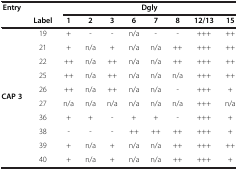
<table><thead><tr><td><b>Entry</b></td><td><b> </b></td><td colspan="8"><b>Dgly</b></td></tr><tr><td><b> </b></td><td><b>Label</b></td><td><b>1</b></td><td><b>2</b></td><td><b>3</b></td><td><b>6</b></td><td><b>7</b></td><td><b>8</b></td><td><b>12/13</b></td><td><b>15</b></td></tr></thead><tbody><tr><td rowspan="4"> </td><td>19</td><td>+</td><td>-</td><td>-</td><td>n/a</td><td>-</td><td>-</td><td>+++</td><td>++</td></tr><tr><td>21</td><td>+</td><td>n/a</td><td>+</td><td>n/a</td><td>n/a</td><td>++</td><td>+++</td><td>++</td></tr><tr><td>22</td><td>++</td><td>n/a</td><td>++</td><td>n/a</td><td>n/a</td><td>++</td><td>+++</td><td>++</td></tr><tr><td>25</td><td>++</td><td>n/a</td><td>++</td><td>n/a</td><td>n/a</td><td>n/a</td><td>+++</td><td>++</td></tr><tr><td rowspan="2"><b>CAP 3</b></td><td>26</td><td>++</td><td>n/a</td><td>++</td><td>n/a</td><td>n/a</td><td>-</td><td>+++</td><td>+</td></tr><tr><td>27</td><td>n/a</td><td>n/a</td><td>n/a</td><td>n/a</td><td>n/a</td><td>n/a</td><td>+++</td><td>n/a</td></tr><tr><td> </td><td>36</td><td>+</td><td>+</td><td>-</td><td>+</td><td>+</td><td>-</td><td>+++</td><td>+</td></tr><tr><td> </td><td>38</td><td>-</td><td>-</td><td>-</td><td>++</td><td>++</td><td>++</td><td>+++</td><td>+</td></tr><tr><td> </td><td>39</td><td>+</td><td>n/a</td><td>+</td><td>n/a</td><td>n/a</td><td>++</td><td>+++</td><td>++</td></tr><tr><td> </td><td>40</td><td>+</td><td>n/a</td><td>+</td><td>n/a</td><td>n/a</td><td>++</td><td>+++</td><td>+</td></tr></tbody></table>